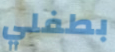
بطفلي